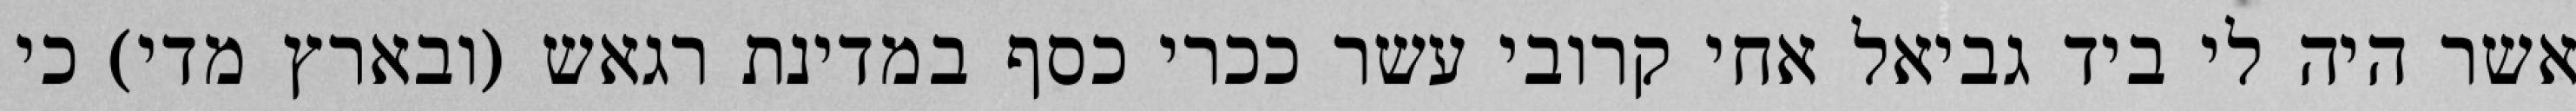
אשר היה לי ביד גביאל אחי קרובי עשר ככרי כסף במדינת רגאש (ובארץ מדי) כי